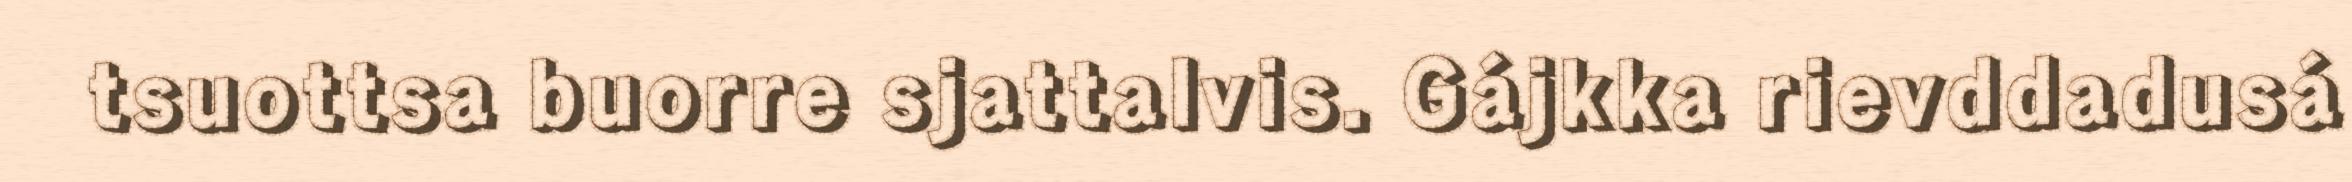
tsuottsa buorre sjattalvis. Gájkka rievddadusá